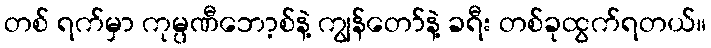
တစ် ရက်မှာ ကုမ္ပဏီဘော့စ်နဲ့ ကျွန်တော်နဲ့ ခရီး တစ်ခုထွက်ရတယ်။